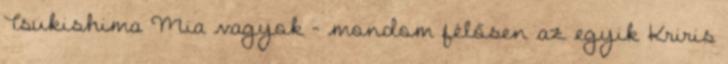
Tsukishima Mia vagyok - mondom félősen az egyik Kriris